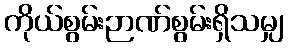
ကိုယ်စွမ်းဉာဏ်စွမ်းရှိသမျှ